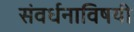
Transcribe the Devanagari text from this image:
संवर्धनाविषयी